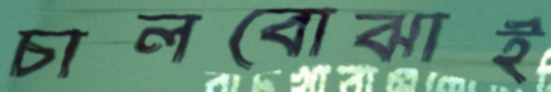
চালবোঝাই